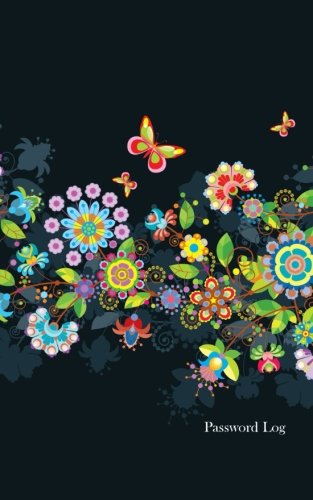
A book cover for Password Log: (An Internet Address and Password Journal); I. S. Anderson; Computers & Technology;